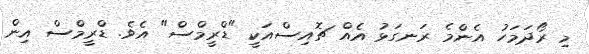
މި ރޯދަމަހު އެންމެ ރަނގަޅު އެއް ޗޮއިސްއަކީ "ޑްރީމްސް" އެވެ. ޑްރީމްސް އިން